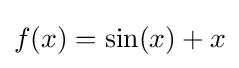
f(x)=\sin(x)+x